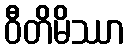
ဝီတိမိဿာ